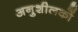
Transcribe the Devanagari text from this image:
अनुशीलकों